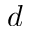
d